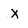
Character: X